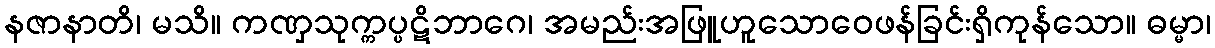
နဇာနာတိ၊ မသိ။ ကဏှသုက္ကပ္ပဋိဘာဂေ၊ အမည်းအဖြူဟူသောဝေဖန်ခြင်းရှိကုန်သော။ ဓမ္မာ၊